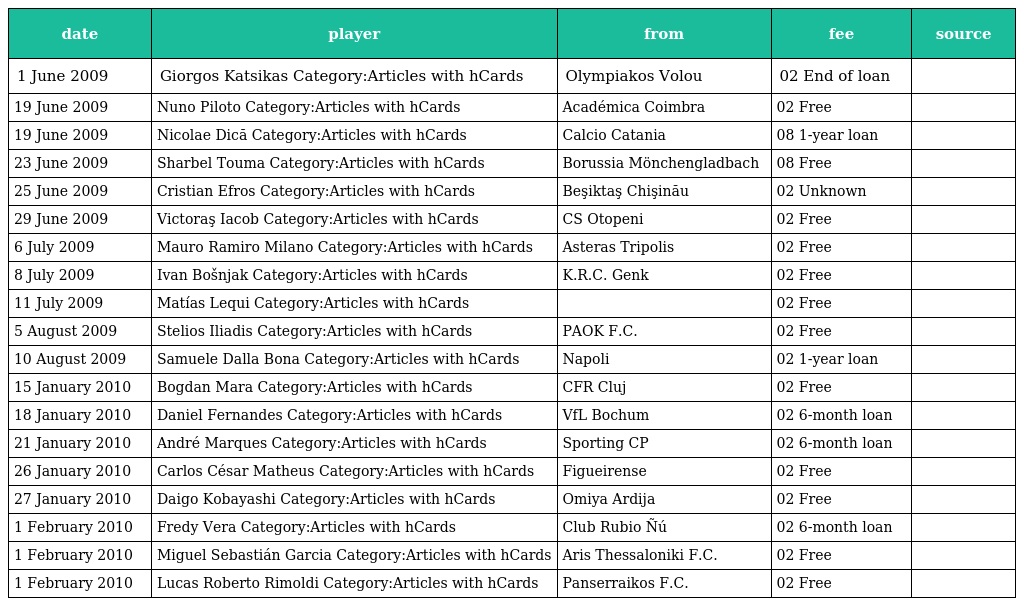
| date | player | from | fee | source |
 | --- | --- | --- | --- | --- |
 | 1 June 2009 | Giorgos Katsikas Category:Articles with hCards | Olympiakos Volou | 02 End of loan |  |
 | 19 June 2009 | Nuno Piloto Category:Articles with hCards | Académica Coimbra | 02 Free |  |
 | 19 June 2009 | Nicolae Dică Category:Articles with hCards | Calcio Catania | 08 1-year loan |  |
 | 23 June 2009 | Sharbel Touma Category:Articles with hCards | Borussia Mönchengladbach | 08 Free |  |
 | 25 June 2009 | Cristian Efros Category:Articles with hCards | Beşiktaş Chişinău | 02 Unknown |  |
 | 29 June 2009 | Victoraş Iacob Category:Articles with hCards | CS Otopeni | 02 Free |  |
 | 6 July 2009 | Mauro Ramiro Milano Category:Articles with hCards | Asteras Tripolis | 02 Free |  |
 | 8 July 2009 | Ivan Bošnjak Category:Articles with hCards | K.R.C. Genk | 02 Free |  |
 | 11 July 2009 | Matías Lequi Category:Articles with hCards |  | 02 Free |  |
 | 5 August 2009 | Stelios Iliadis Category:Articles with hCards | PAOK F.C. | 02 Free |  |
 | 10 August 2009 | Samuele Dalla Bona Category:Articles with hCards | Napoli | 02 1-year loan |  |
 | 15 January 2010 | Bogdan Mara Category:Articles with hCards | CFR Cluj | 02 Free |  |
 | 18 January 2010 | Daniel Fernandes Category:Articles with hCards | VfL Bochum | 02 6-month loan |  |
 | 21 January 2010 | André Marques Category:Articles with hCards | Sporting CP | 02 6-month loan |  |
 | 26 January 2010 | Carlos César Matheus Category:Articles with hCards | Figueirense | 02 Free |  |
 | 27 January 2010 | Daigo Kobayashi Category:Articles with hCards | Omiya Ardija | 02 Free |  |
 | 1 February 2010 | Fredy Vera Category:Articles with hCards | Club Rubio Ñú | 02 6-month loan |  |
 | 1 February 2010 | Miguel Sebastián Garcia Category:Articles with hCards | Aris Thessaloniki F.C. | 02 Free |  |
 | 1 February 2010 | Lucas Roberto Rimoldi Category:Articles with hCards | Panserraikos F.C. | 02 Free |  |